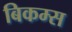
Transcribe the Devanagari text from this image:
बिकम्स